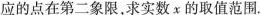
应的点在第二象限，求实数x的取值范围.